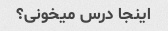
اینجا درس میخونی؟